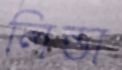
লিন্ডা